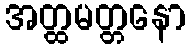
အတ္ထမတ္တနော